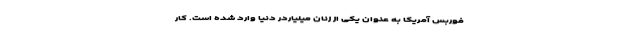
فوربس آمریکا به عنوان یکی از زنان میلیاردر دنیا وارد شده است. کار